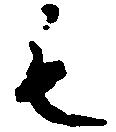
も